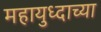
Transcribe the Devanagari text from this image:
महायुध्दाच्या